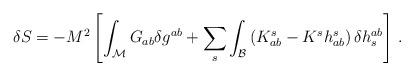
LaTeX: \begin{align*}\delta S = - M^2 \left[\int_{\mathcal M} G_{ab} \delta g^{ab} + \sum_s\int_{\mathcal B} \left( K_{ab}^s - K^s h_{ab}^s \right) \delta h^{ab}_s\right] \, . \end{align*}